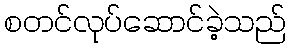
စတင်လုပ်ဆောင်ခဲ့သည်